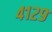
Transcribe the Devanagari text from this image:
४१२९